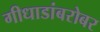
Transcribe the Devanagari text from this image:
गीधाडांबरोबर